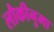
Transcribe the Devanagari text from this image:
लौकीनुमा